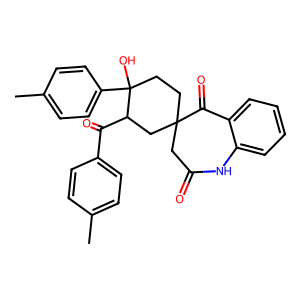
SMILES: Cc1ccc(C(=O)C2CC3(CCC2(O)c2ccc(C)cc2)CC(=O)Nc2ccccc2C3=O)cc1
Inhibits HIV replication: No